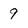
Character: 9